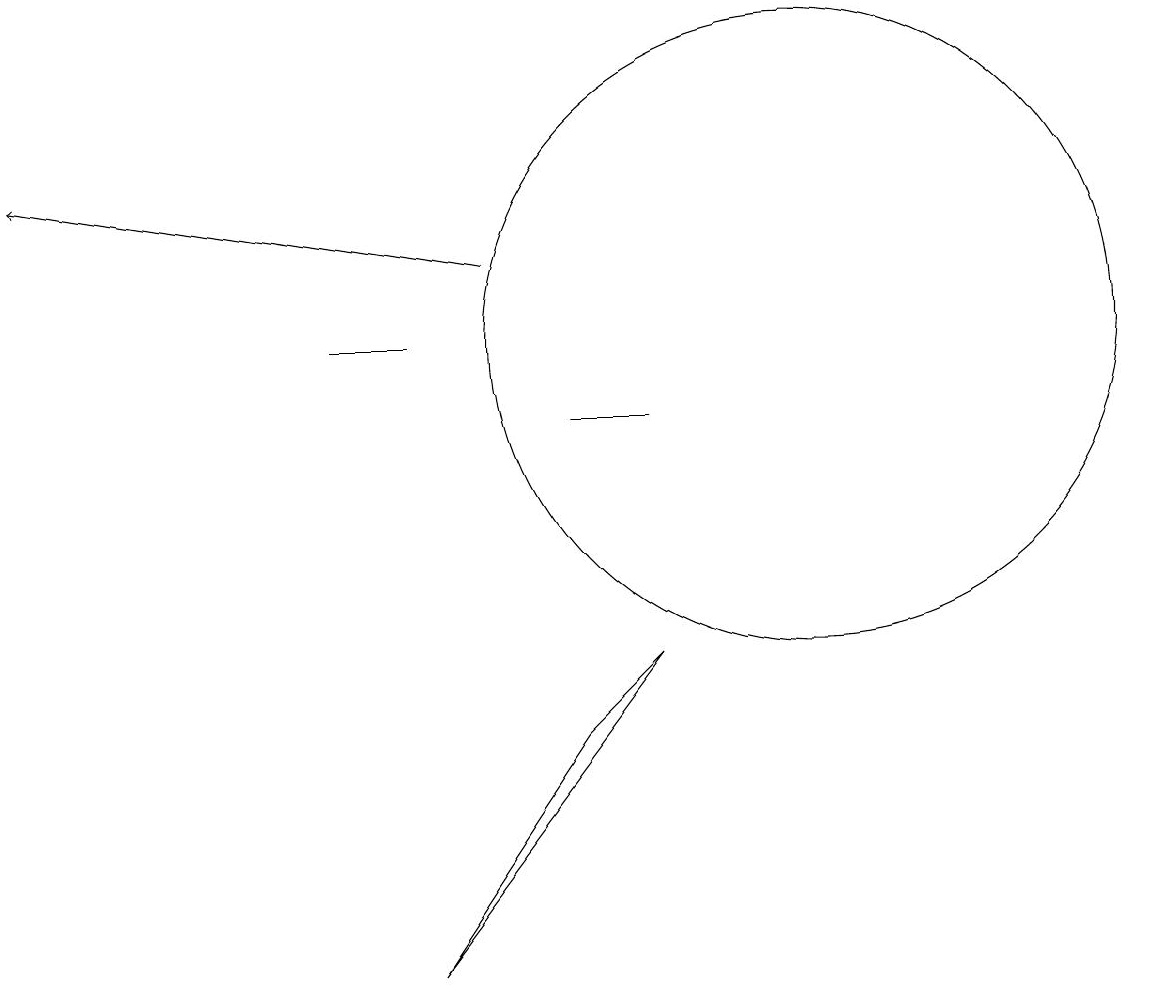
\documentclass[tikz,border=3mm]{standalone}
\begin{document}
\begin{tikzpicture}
\draw (9,7) -- (6,3) -- (8,6) -- cycle;
\draw (11,11) circle (4);
\draw (6,11) rectangle (5,11);
\draw[->] (7,12) -- (1,13);
\draw (9,10) rectangle (8,10);
\draw (10,11) circle (0);
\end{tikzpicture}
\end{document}